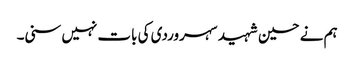
ہم نے حسین شہید سہروردی کی بات نہیں سنی۔